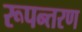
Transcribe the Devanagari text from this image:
रूपन्तरण